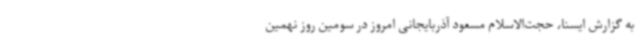
به گزارش ایسنا، حجت‌الاسلام مسعود آذربایجانی امروز در سومین روز نهمین